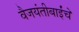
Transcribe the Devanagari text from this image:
वैजयंतीबाईंचे